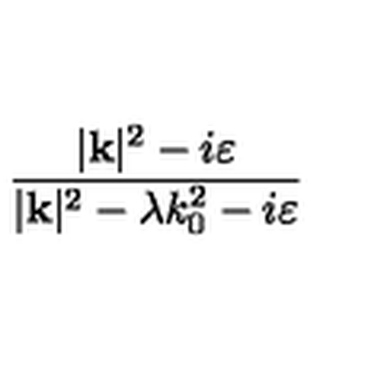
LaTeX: \frac { | \mathbf { k } | ^ { 2 } - i \varepsilon } { | \mathbf { k } | ^ { 2 } - \lambda k _ { 0 } ^ { 2 } - i \varepsilon }